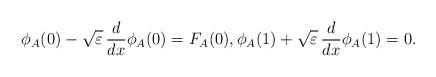
LaTeX: \begin{align*} \phi_A(0)-\sqrt{\varepsilon}\,\frac{d}{d x}\phi_A(0)=F_A(0), \phi_A(1)+ \sqrt{\varepsilon}\,\frac{d}{d x}\phi_A(1)=0.\end{align*}